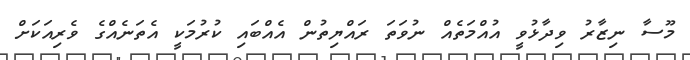
މޫސާ ނިޒާރު ވިދާޅުވީ އުއްމަތެއް ނުވަތަ ރައްޔިތުން އެއްބައި ކުރުމަކީ އެތަނެއްގެ ވެރިއަކަށް